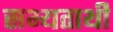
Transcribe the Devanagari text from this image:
सभ्यताथी